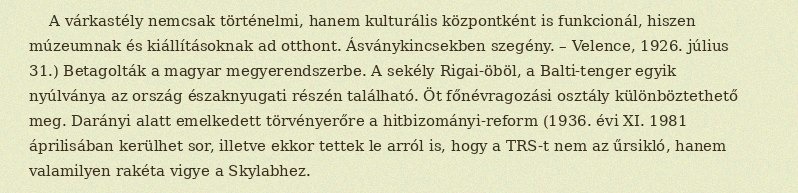
A várkastély nemcsak történelmi, hanem kulturális központként is funkcionál, hiszen múzeumnak és kiállításoknak ad otthont. Ásványkincsekben szegény. – Velence, 1926. július 31.) Betagolták a magyar megyerendszerbe. A sekély Rigai-öböl, a Balti-tenger egyik nyúlványa az ország északnyugati részén található. Öt főnévragozási osztály különböztethető meg. Darányi alatt emelkedett törvényerőre a hitbizományi-reform (1936. évi XI. 1981 áprilisában kerülhet sor, illetve ekkor tettek le arról is, hogy a TRS-t nem az űrsikló, hanem valamilyen rakéta vigye a Skylabhez.